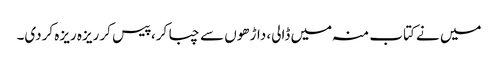
میں نے کتاب منہ میں ڈالی، داڑھوں سے چبا کر، پیس کر ریزہ ریزہ کردی۔